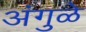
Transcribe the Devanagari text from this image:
अंगुळे